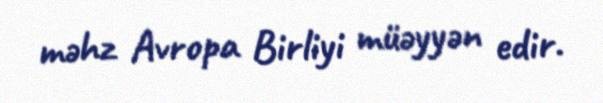
məhz Avropa Birliyi müəyyən edir.